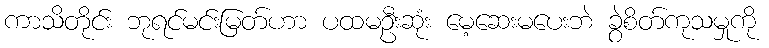
ကာသိတိုင်း ဘုရင်မင်းမြတ်ဟာ ပထမဦးဆုံး မေ့ဆေးမပေးဘဲ ခွဲစိတ်ကုသမှုကို